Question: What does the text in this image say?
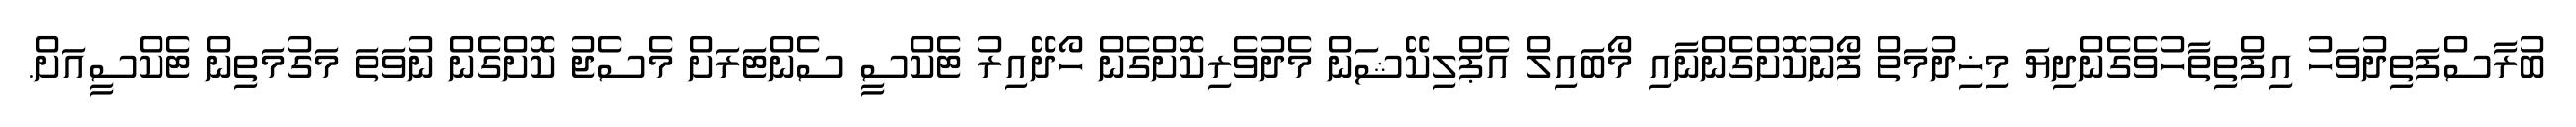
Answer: ބުރާސްފަތިދުވަހު އިފްތިތާހުވެގެންދިޔަ މިޚިދުމަތް ފޯނުކޮށްގެންނާއި މޯބައިލް އެޕްލިކޭޝަން މެދުވެރިކޮށްގެން ހޯދޭއިރު ޓެކްސީ ސެންޓަރަށް މެސެޖު ކޮށްގެން ނުވަތަ މަގުމަތިން ޓެކްސީއަށް.